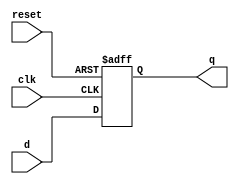
`timescale 1ns / 1ps
//////////////////////////////////////////////////////////////////////////////////
// Company: 
// Engineer: 
// 
// Design Name: 
// Module Name: flip_flop
// Project Name: 
// Target Devices: 
// Tool Versions: 
// Description: 
// 
// Dependencies: 
// 
// Revision:
// Revision 0.01 - File Created
// Additional Comments:
// 
//////////////////////////////////////////////////////////////////////////////////


module flip_flop #(parameter WIDTH = 32) //we can change the bit width on instantiation
    (input [WIDTH-1:0] d,
    input clk, reset,
    output reg [WIDTH-1:0] q);
    
    always @ (posedge clk, posedge reset)
        begin
        if (reset == 1)
            begin
            q <= 0;
            end
        else
            begin    
            q <= d;
            end
        end
endmodule